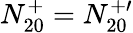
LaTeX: N_{20}^{+}=N_{20}^{+\prime}